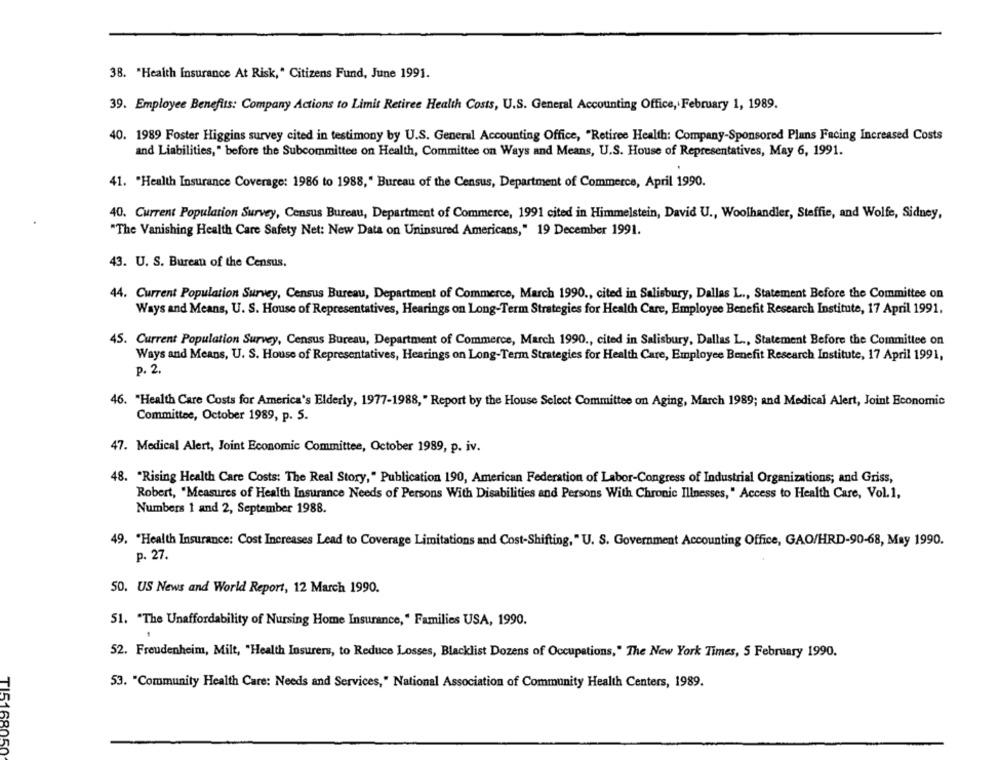
38. "Health Insurance At Risk," Citizens Fund, June 1991.
39. Employee Benefits: Company Actions to Limit Retiree Health Costs, U.S. General Accounting Office, February 1, 1989.
40. 1989 Foster Higgins survey cited in testimony by U.S. General Accounting Office, "Retiree Health: Company-Sponsored Plans Facing Increased Costs
and Liabilities, " before the Subcommittee on Health, Committee on Ways and Means, U.S. House of Representatives, May 6, 1991.
41. "Health Insurance Coverage: 1986 to 1988," Bureau of the Census, Department of Commerce, April 1990.
40. Current Population Survey, Census Bureau, Department of Commerce, 1991 cited in Himmelstein, David U ., Woolhandler, Steffie, and Wolfe, Sidney,
"The Vanishing Health Care Safety Net: New Data on Uninsured Americans," 19 December 1991.
43. U. S. Bureau of the Census.
44. Current Population Survey, Census Bureau, Department of Commerce, March 1990 ., cited in Salisbury, Dallas L ., Statement Before the Committee on
Ways and Means, U. S. House of Representatives, Hearings on Long-Term Strategies for Health Care, Employee Benefit Research Institute, 17 April 1991.
45. Current Population Survey, Census Bureau, Department of Commerce, March 1990 ., cited in Salisbury, Dallas L ., Statement Before the Committee on
Ways and Means, U. S. House of Representatives, Hearings on Long-Term Strategies for Health Care, Employee Benefit Research Institute, 17 April 1991,
p. 2.
46. "Health Care Costs for America's Elderly, 1977-1988, " Report by the House Select Committee on Aging, March 1989; and Medical Alert, Joint Economic
Committee, October 1989, p. 5.
47. Medical Alert, Joint Economic Committee, October 1989, p. iv.
48. "Rising Health Care Costs: The Real Story," Publication 190, American Federation of Labor-Congress of Industrial Organizations; and Griss,
Robert, "Measures of Health Insurance Needs of Persons With Disabilities and Persons With Chronic Illnesses, " Access to Health Care, Vol.1,
Numbers 1 and 2, September 1988.
49. "Health Insurance: Cost Increases Lead to Coverage Limitations and Cost-Shifting, " U. S. Government Accounting Office, GAO/HRD-90-68, May 1990.
p. 27.
50. US News and World Report, 12 March 1990.
51. "The Unaffordability of Nursing Home Insurance," Families USA, 1990.
52. Freudenheim, Milt, "Health Insurers, to Reduce Losses, Blacklist Dozens of Occupations," The New York Times, 5 February 1990.
53. "Community Health Care: Needs and Services," National Association of Community Health Centers, 1989.
TI5168050